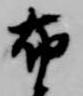
布